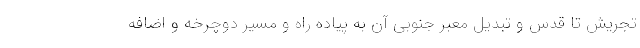
تجریش تا قدس و تبدیل معبر جنوبی آن به پیاده راه و مسیر دوچرخه و اضافه